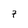
Character: 7